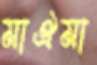
মাঐমা